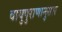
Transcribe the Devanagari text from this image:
वायुपुराणानुसार